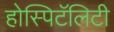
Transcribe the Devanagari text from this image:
होस्पिटॅलिटी